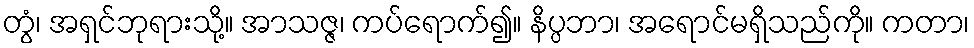
တွံ၊ အရှင်ဘုရားသို့။ အာသဇ္ဇ၊ ကပ်ရောက်၍။ နိပ္ပဘာ၊ အရောင်မရှိသည်ကို။ ကတာ၊